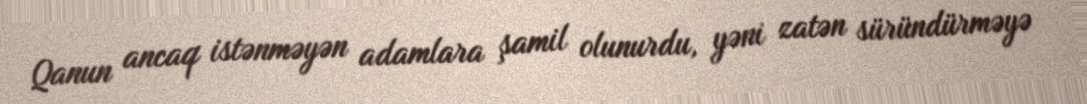
Qanun ancaq istənməyən adamlara şamil olunurdu, yəni zatən süründürməyə